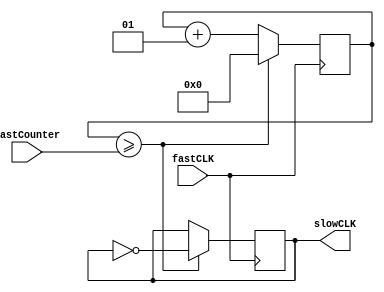
module Lab4clock(fastCLK, fastCounter, slowCLK);
input fastCLK;
input [31:0] fastCounter;
output reg slowCLK;

integer counter = 0;

//parameter oneKHz = 100000, sixtyTwoPFiveHZ = 1600000;

initial
begin
	counter = 0;
	slowCLK = 0;
end

always @(posedge fastCLK)
begin
	if (counter >= fastCounter)
	begin
		slowCLK <= ~slowCLK;
		counter <= 0;
	end
	else
	begin
		slowCLK <= slowCLK;
		counter <= counter + 1;
	end
end

endmodule